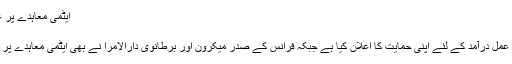
ایٹمی معاہدے پر عمل درآمد کی حمایت - Sahar Urdu
ایٹمی معاہدے پر عمل درآمد کی حمایت
یورپی یونین نے ایٹمی معاہدے پر مکمل عمل درآمد کے لئے اپنی حمایت کا اعلان کیا ہے جبکہ فرانس کے صدر میکرون اور برطانوی دارالامرا نے بھی ایٹمی معاہدے پر عمل درآمد کی ضرورت پر زوردیا ہے۔